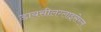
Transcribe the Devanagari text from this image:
डायसीलग्लाइसेरल